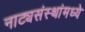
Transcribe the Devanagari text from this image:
नाट्यसंस्थांमध्ये